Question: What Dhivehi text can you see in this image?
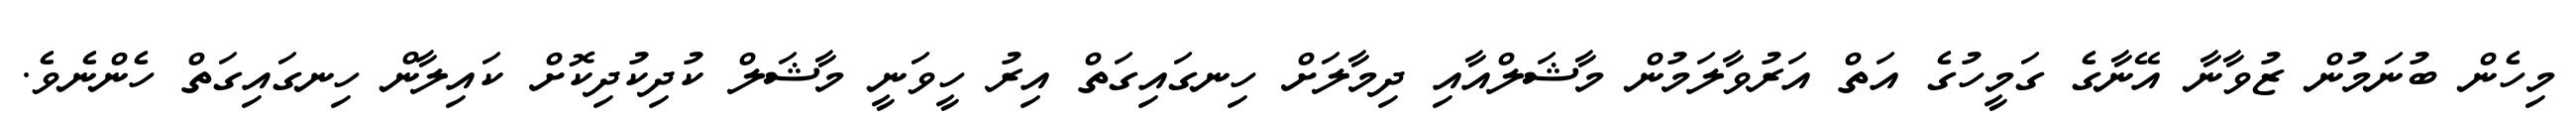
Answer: މިހެން ބުނަމުން ޒުވާނާ އޭނާގެ ގަމީހުގެ އަތް އަރުވާލަމުން މާޝަލްއާއި ދިމާލަށް ހިނގައިގަތް އިރު ހީވަނީ މާޝަލް ކުދިކުދިކޮށް ކައިލާން ހިނގައިގަތް ހެންނެވެ.